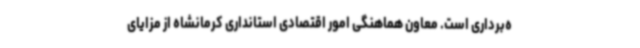
ه‌برداری است. معاون هماهنگی امور اقتصادی استانداری کرمانشاه از مزایای